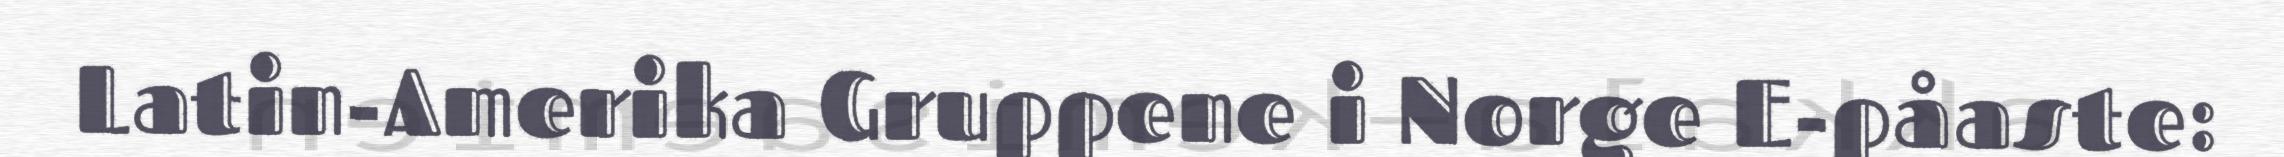
Latin-Amerika Gruppene i Norge E-påaste: